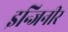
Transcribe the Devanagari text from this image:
इन्जिनीर